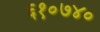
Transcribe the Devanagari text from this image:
६१०७४०